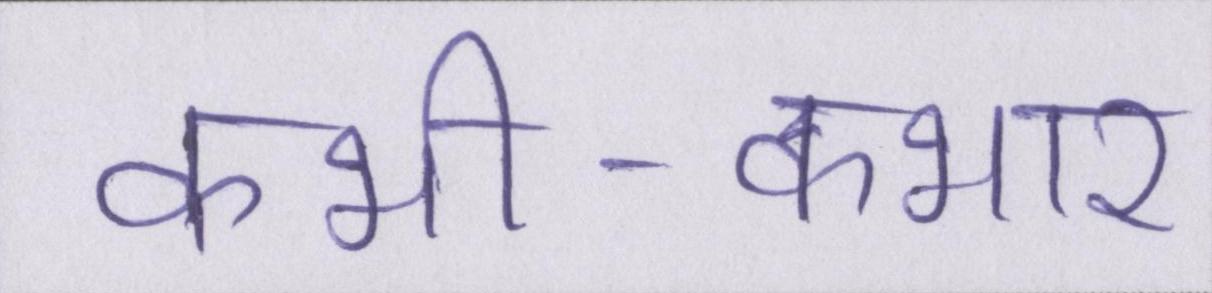
कभी-कभार